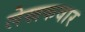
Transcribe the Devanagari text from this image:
लेखकवार